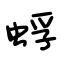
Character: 蜉